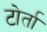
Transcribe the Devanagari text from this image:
टोर्ता